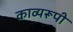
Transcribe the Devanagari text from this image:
काव्यरूपी